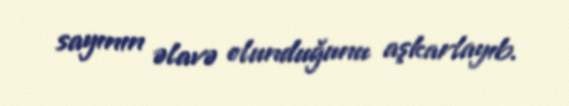
sayının əlavə olunduğunu aşkarlayıb.